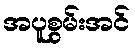
အပူစွမ်းအင်